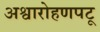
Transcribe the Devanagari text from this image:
अश्वारोहणपटू